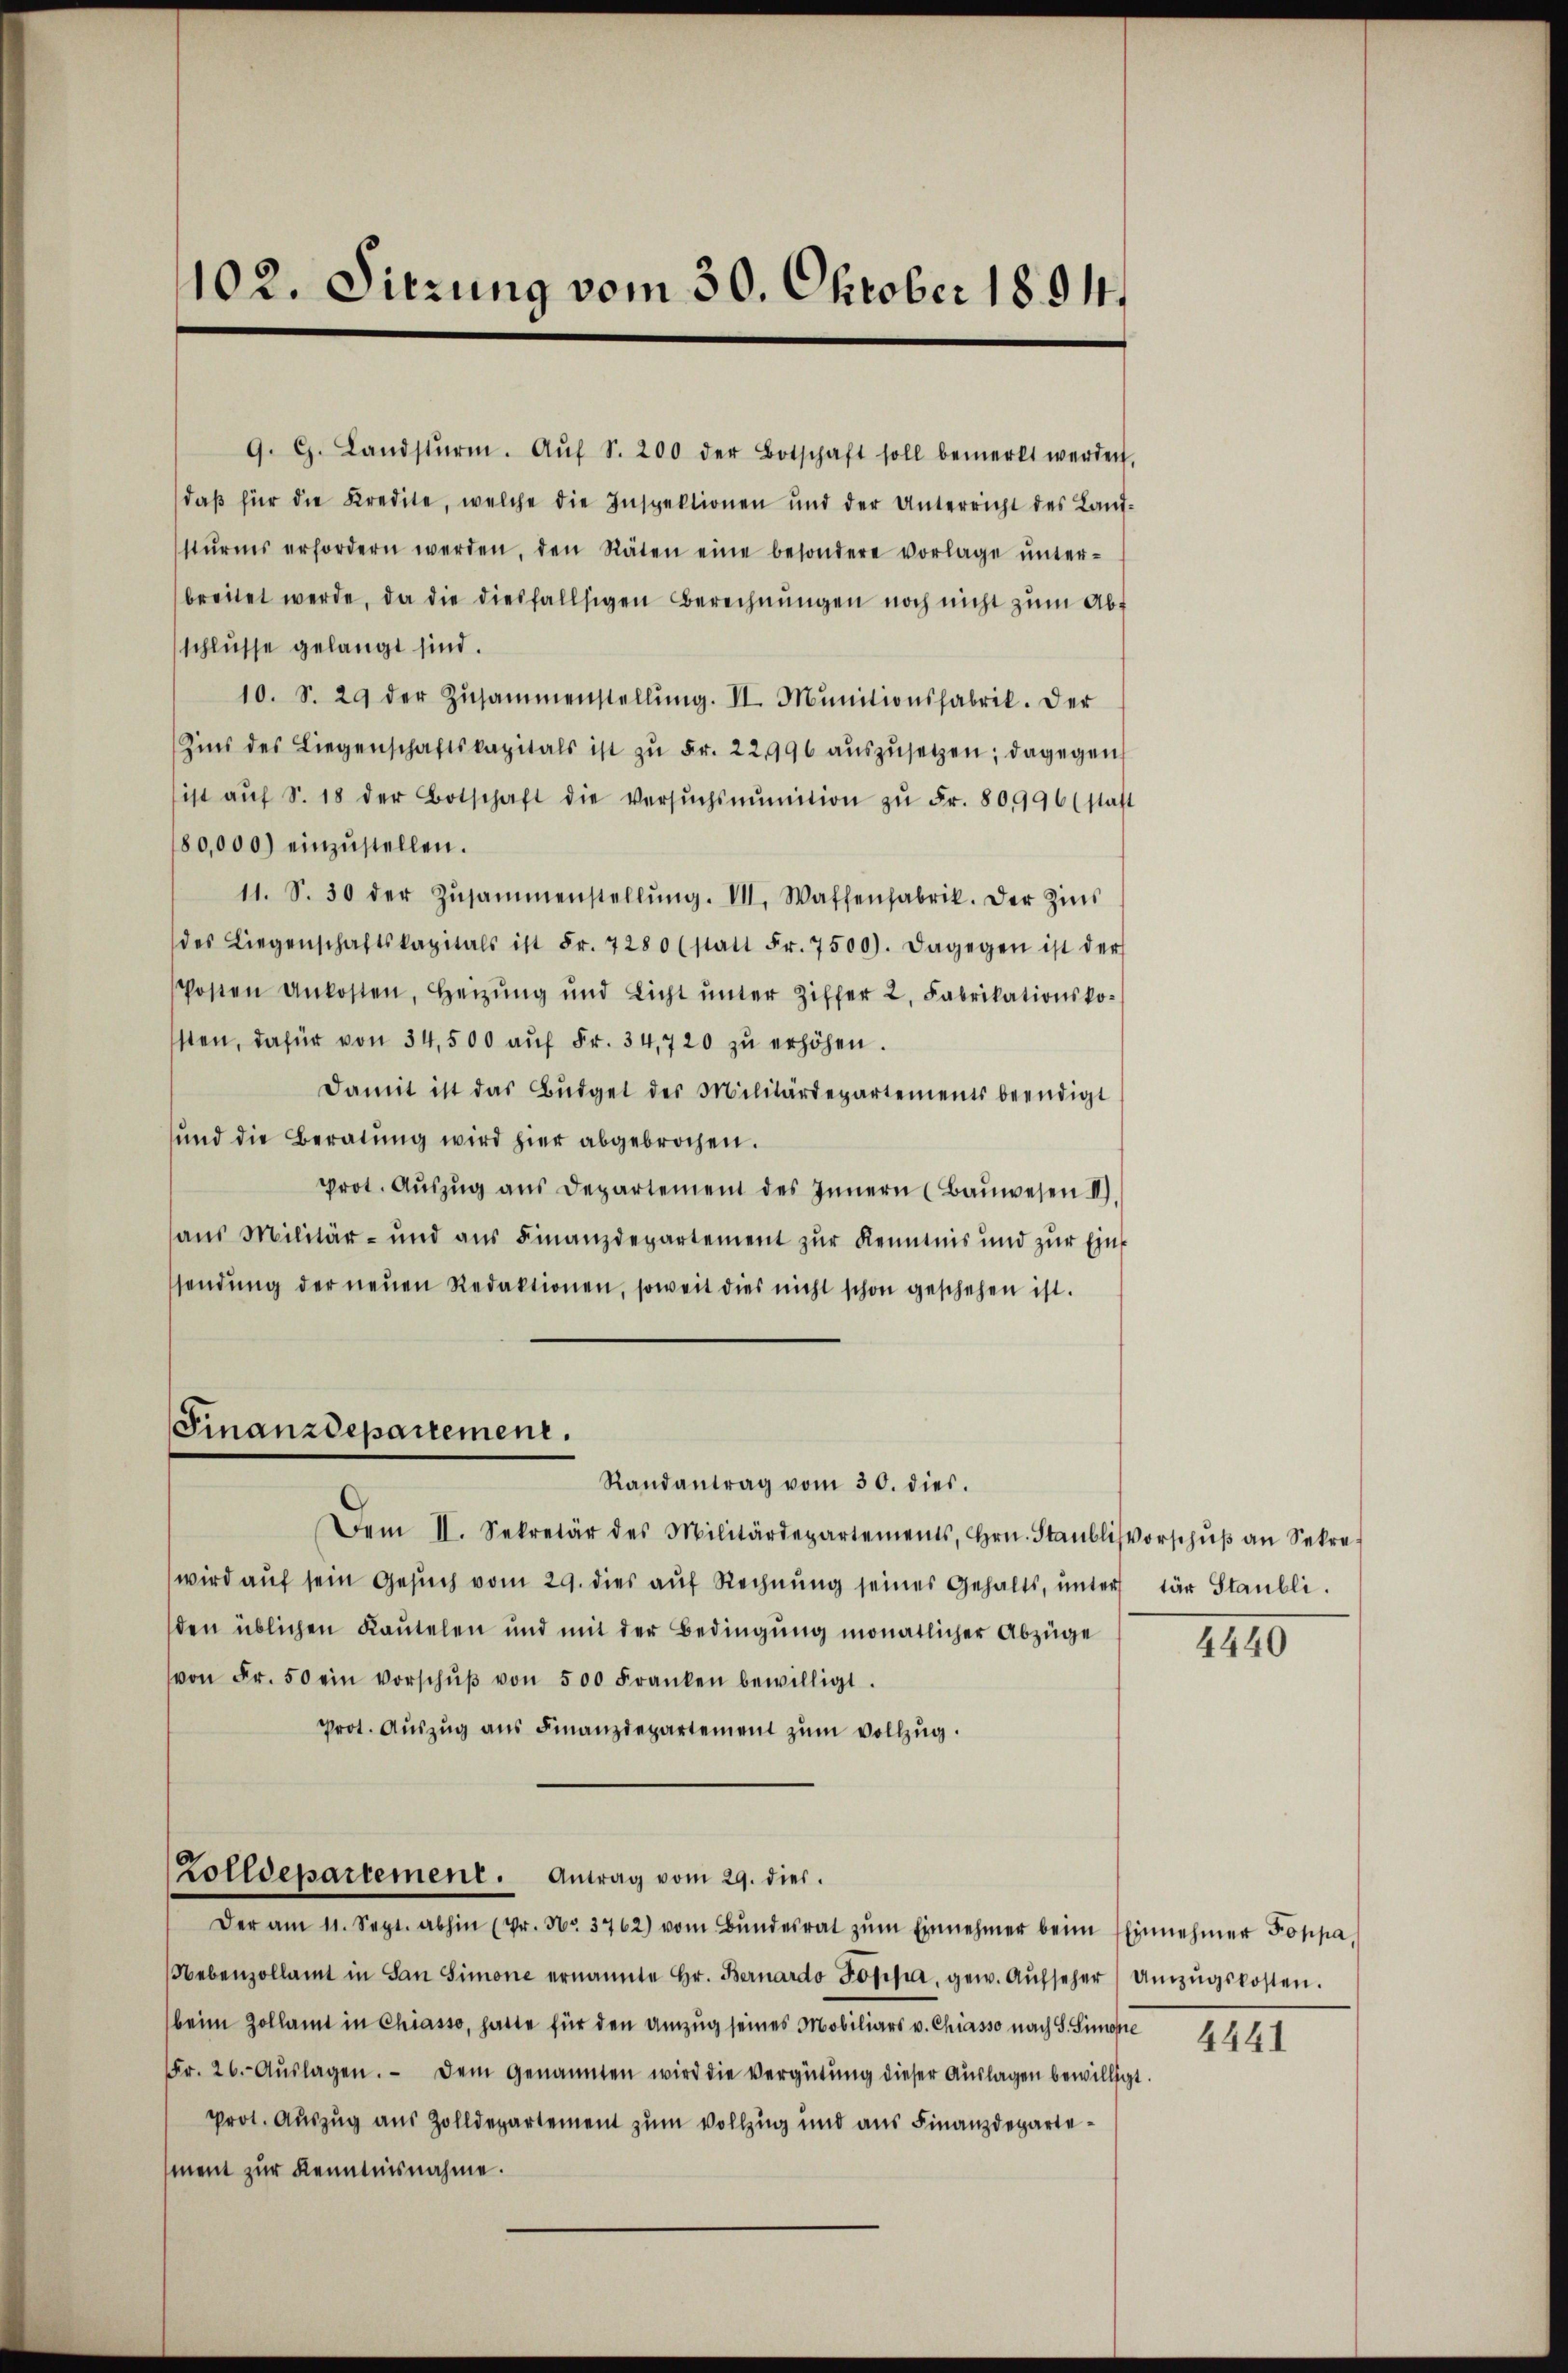
11. S. 30 der Zŭsammenstellŭng. VII. Waffenfabrik. Der Zins
des Liegenschaftskapitals ist Fr. 7280 (statt Fr. 7500). Dagegen ist der
Posten Unkosten, heizŭng und Licht ŭnter Ziffer 2. Fabrikationsko-
sten, dafür von 34,500 aŭf Fr. 34,720 zŭ erhöhen.
Damit ist das Büdget des Militärdepartements beendigt
und die Beratŭng wird hier abgebrochen.
prot. Aŭszŭg ans Departement des Innern (Baŭwesen II).
aus Militär- und aus Finanzdepartement zur Kenntnis und zŭr Einssendŭng der neŭen Redaktionen, soweit dies nicht schon geschehen ist.

102. Sitzung vom 30. Oktober 1894.

Finanzdepartement.

9. G. Landsturm. Aŭf S. 200 der Botschaft soll bemerkt werden,
daβ für die Kredite, welche die Inspektionen und der Unterricht des Laŭf-
stŭrms erfordern werden, den Räten eine besondere vorlage ŭnter-
breitet werde, da die diesfallsigen Berechnŭngen noch nicht zŭm Abf
schlüsse gelangt sind.
10. S. 29 der Zŭsammenstellŭng. II. Mŭnitionsfabrik. Der
Zins des Liegenschaftskapitals ist zŭ Fr. 22,996 aŭszŭsetzen; dagegen
ist aŭf S. 18 der Botschaft die Versŭchsmŭnition zŭ Fr. 809996 (statt
80,000) einzŭstellen.

Dem II. Sekretär des Militärdepartements, Hrn. Staŭblisvorschŭβ an Sekre-
wird auf sein Gesuch vom 29. dies auf Rechn seines Gehalts, unter
den üblichen Kautelen und mit der Bedingŭng monatlicher Abzüge
von Fr. 50 ein Vorschŭβ von 500 Franken bewilligt.
Prot. Aŭszŭg ans Finanzdepartement zŭm Vollzŭg.
Zolldepartement. Antrag vom 29. dies
Der am 11. Sept. abhin (Dr. No. 3762) vom Bŭndesrat zŭm Einnehmer beim Einnehmer Poppa,
Nebenzollamt in San Simone ernannte Hr. Bernardo Poppia, gew. Aŭfseher Umzŭgskosten.
beim Zollamt in Chiasso, hatte für den Umzug seines Mobiliars v. Chiasso nach S. Simopie
Fr. 26. Aŭslagen. Dem genannten wird die Vergütŭng dieser Aŭslagen bewilligt.
prot. Auszug aus Zolldepartement zum Vollzug und aus Finanzdepartement zur Kenntnisnahme.

Randantrag vom 30. dies.

tär Staubli.

4440

4441